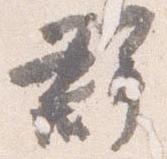
群